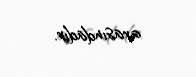
arasındadır.